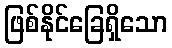
ဖြစ်နိုင်ခြေရှိသော